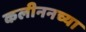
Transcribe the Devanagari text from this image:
कलीननच्या